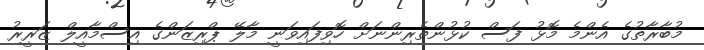
މުބާރާތުގެ އެންމެ މޮޅު ފަސް ކުޅުންތެރިންނަށް ހޮވިފައިވަނީ މާލޭ ޕްރިޒަންގެ އިސްމާއީލް ޒަރީރު